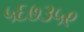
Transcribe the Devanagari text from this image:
५६७३५९